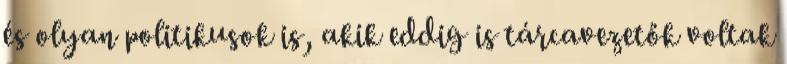
és olyan politikusok is, akik eddig is tárcavezetők voltak